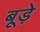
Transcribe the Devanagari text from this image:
बूड़े